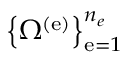
\left\{ \Omega ^ { \left( \mathrm { e } \right) } \right\} _ { \mathrm { e } = 1 } ^ { n _ { e } }